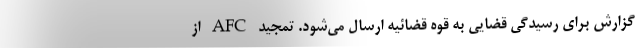
گزارش برای رسیدگی قضایی به قوه قضائیه ارسال می‌شود. تمجید AFC از